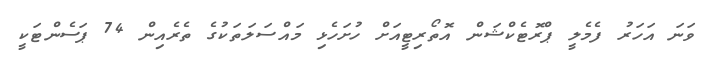
ވަނަ އަހަރު ފެމެލީ ޕްރޮޓެކްޝަން އޮތޯރިޓީއަށް ހުށަހެޅި މައްސަލަތަކުގެ ތެރެއިން 74 ޕަސެންޓަކީ